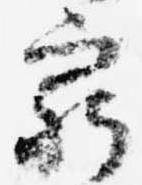
窮